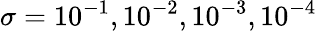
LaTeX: \sigma=10^{-1},10^{-2},10^{-3},10^{-4}